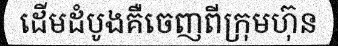
ដើមដំបូងគឺចេញពីក្រុមហ៊ុន